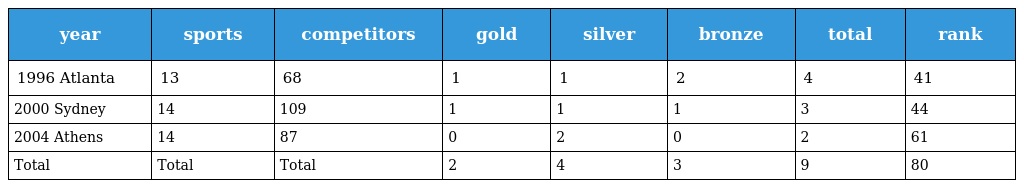
| year | sports | competitors | gold | silver | bronze | total | rank |
 | --- | --- | --- | --- | --- | --- | --- | --- |
 | 1996 Atlanta | 13 | 68 | 1 | 1 | 2 | 4 | 41 |
 | 2000 Sydney | 14 | 109 | 1 | 1 | 1 | 3 | 44 |
 | 2004 Athens | 14 | 87 | 0 | 2 | 0 | 2 | 61 |
 | Total | Total | Total | 2 | 4 | 3 | 9 | 80 |